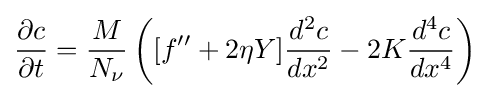
{\frac {\partial c}{\partial t}}={\frac {M}{N_{\nu }}}\left([f''+2\eta Y]{\frac {d^{2}c}{dx^{2}}}-2K{\frac {d^{4}c}{dx^{4}}}\right)